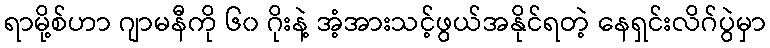
ရာမို့စ်ဟာ ဂျာမနီကို ၆၀ ဂိုးနဲ့ အံ့အားသင့်ဖွယ်အနိုင်ရတဲ့ နေရှင်းလိဂ်ပွဲမှာ